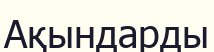
Ақындарды